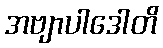
အဗျာပါဒေါတိ